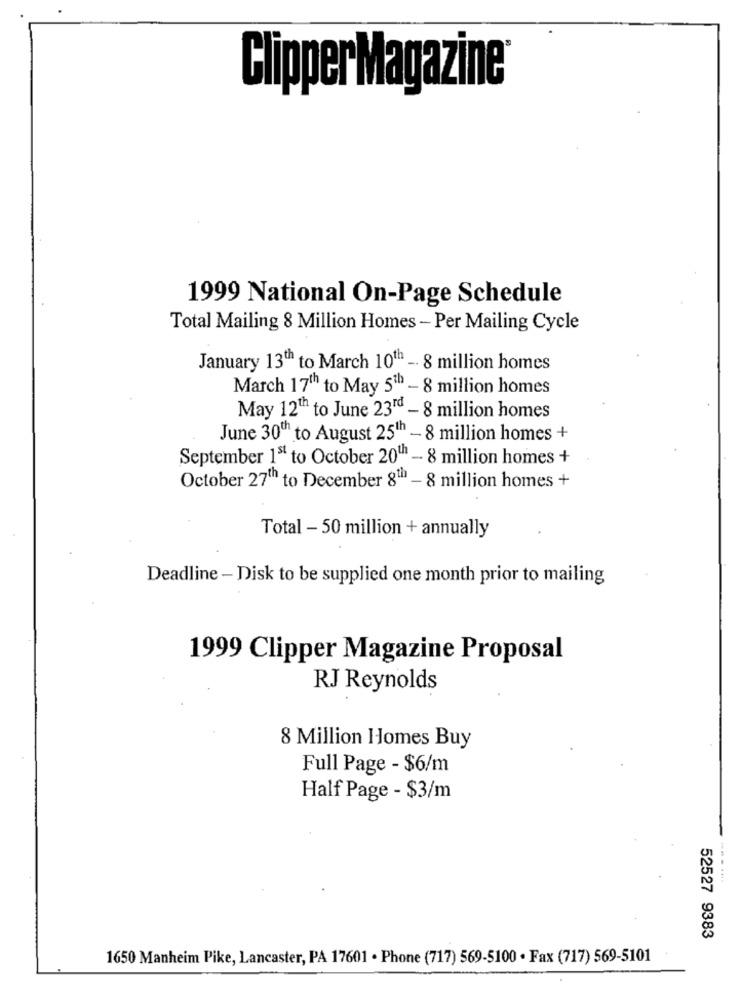
Clipper Magazine
1999 National On-Page Schedule
Total Mailing 8 Million Homes - Per Mailing Cycle
January 13th to March 10th -. 8 million homes
March 17th to May 5th - 8 million homes
May 12th to June 23rd - 8 million homes
June 30th to August 251h - 8 million homes +
September 15 to October 20th - 8 million homes +
October 27th to December 8Th1 - 8 million homes +
Total - 50 million + annually
Deadline - Disk to be supplied one month prior to mailing
1999 Clipper Magazine Proposal
RJ Reynolds
8 Million Homes Buy
Full Page - $6/m
Half Page - $3/m
52527 9383
1650 Manheim Pike, Lancaster, PA 17601 · Phone (717) 569-5100 · Fax (717) 569-5101